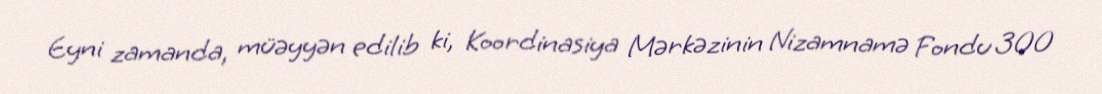
Eyni zamanda, müəyyən edilib ki, Koordinasiya Mərkəzinin Nizamnamə Fondu 300